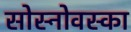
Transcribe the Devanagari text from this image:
सोस्नोवस्का